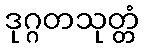
ဒုဂ္ဂတသုတ္တံ